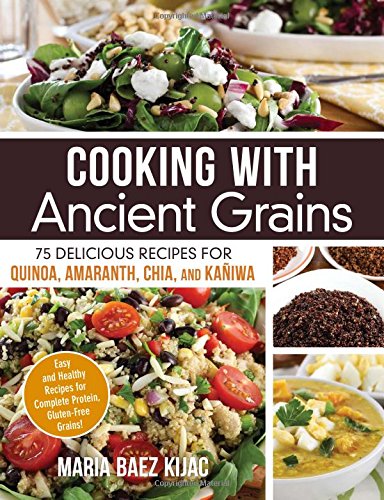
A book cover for Cooking with Ancient Grains: 75 Delicious Recipes Quinoa, Amaranth, Chia, and Kaniwa; Maria Baez Kijac; Cookbooks, Food & Wine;